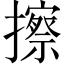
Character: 擦